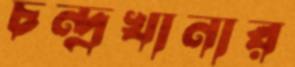
চন্দ্রখানার